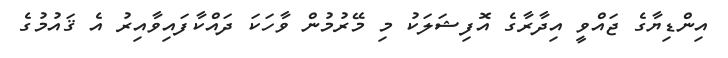
އިންޑިޔާގެ ޖައްވީ އިދާރާގެ އޮފިޝަލަކު މި މޭރުމުން ވާހަކަ ދައްކާފައިވާއިރު އެ ޤައުމުގެ